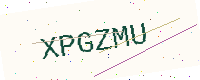
Text: XPGZMU